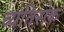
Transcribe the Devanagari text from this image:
व्यतिरोक